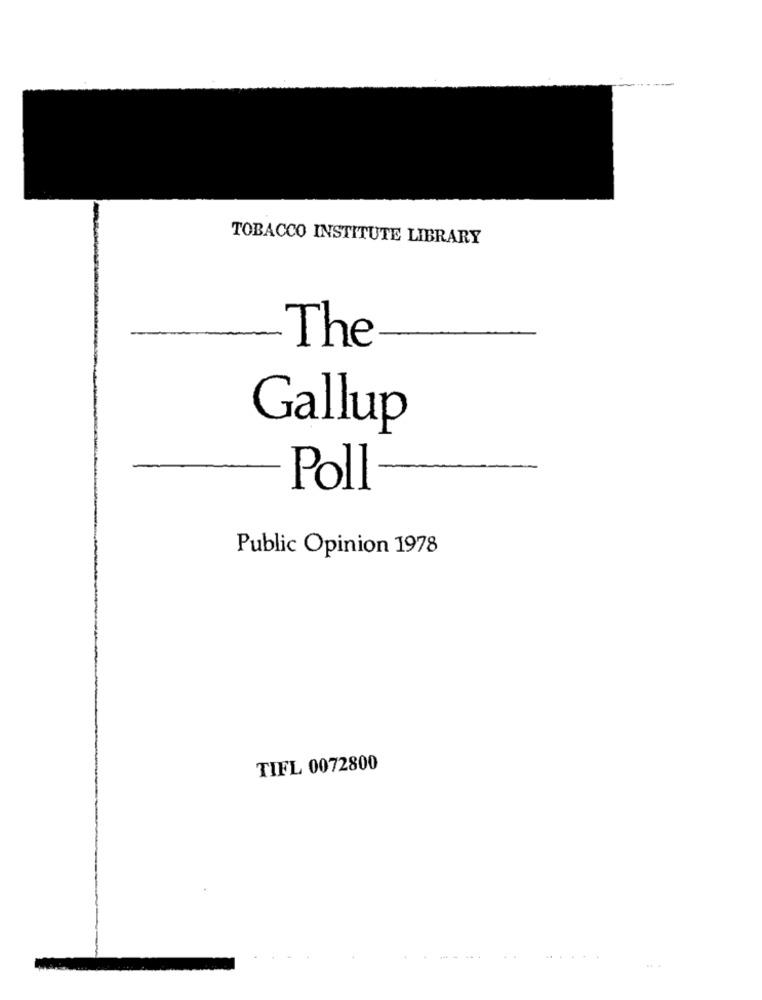
TOBACCO INSTITUTE LIBRARY
The
Gallup
Poll
Public Opinion 1978
TIFL 0072800